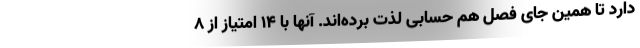
دارد تا همین جای فصل هم حسابی لذت برده‌اند. آنها با 14 امتیاز از 8